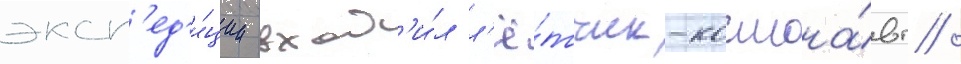
эксп'ед'и́ции вход'и́л л'ё́тчик-космона́вт /